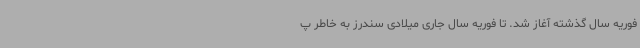
فوریه سال گذشته آغاز شد. تا فوریه سال جاری میلادی سندرز به خاطر پ